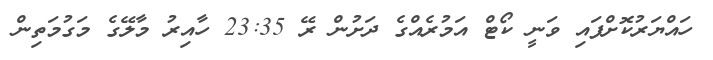
ހައްޔަރުކޮށްފައި ވަނީ ކޯޓް އަމުރެއްގެ ދަށުން ރޭ 23:35 ހާއިރު މާލޭގެ މަގުމަތިން